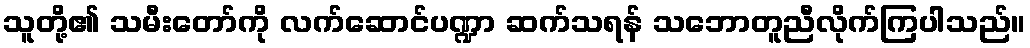
သူတို့၏ သမီးတော်ကို လက်ဆောင်ပဏ္ဍာ ဆက်သရန် သဘောတူညီလိုက်ကြပါသည်။